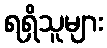
ရရှိသူများ